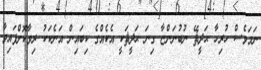
ނަމަވެސް ހުރިހާ ޙަދީޘޭ ނުބުނަންޏާ ގިނަ ޙަދީޘަކީ އެކެއްގެ ކިބައިން އަނެކަކު ރިވާކޮށްފައިވާ